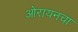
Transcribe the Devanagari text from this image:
ओरायनचा